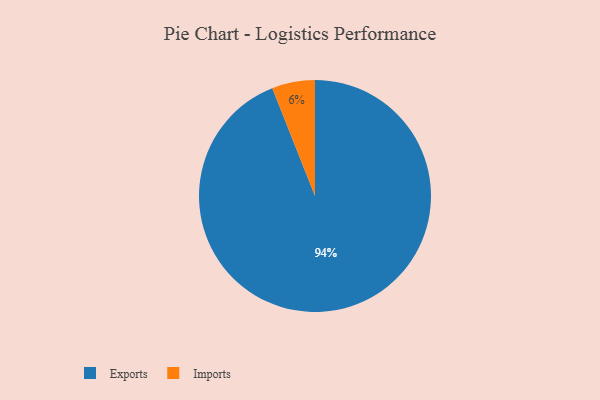
{"axis": {"x": "Category", "y": "Percentage"}, "legend": ["Exports", "Imports"], "data": [{"x": "Exports", "y": 94, "type": "Exports"}, {"x": "Imports", "y": 6, "type": "Imports"}]}